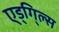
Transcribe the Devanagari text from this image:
ए्ड्गि्ल्स